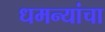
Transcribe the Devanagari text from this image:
धमन्यांचा